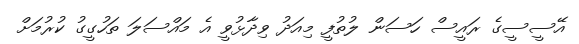
އޭސީސީގެ ރައީސް ހަސަން ލުތުފީ މިއަދު ވިދާޅުވީ އެ މައްސަލަ ތަހުގީގު ކުރުމަށް